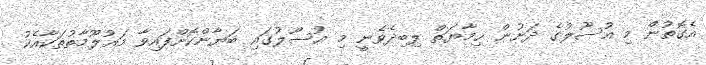
އެގޮތުން މި އުސޫލުގެ ދަށުން ޙިމާޔަތް ލިބިދެވެނީ މި އުސޫލުގައި ބަޔާންކޮށްފައިވާ މަޢުލޫމާތުތަކާއެކު